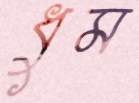
ধুম